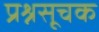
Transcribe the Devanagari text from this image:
प्रश्नसूचक